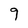
Character: 9